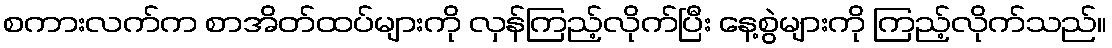
စကားလက်က စာအိတ်ထပ်များကို လှန်ကြည့်လိုက်ပြီး နေ့စွဲများကို ကြည့်လိုက်သည်။